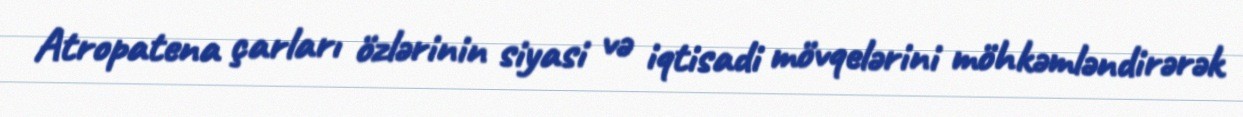
Atropatena çarları özlərinin siyasi və iqtisadi mövqelərini möhkəmləndirərək